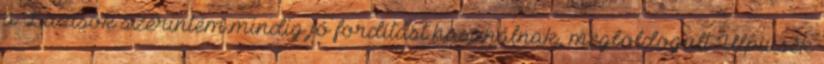
a Lazisok szerintem mindig jó fordítást használnak, megboldogult Ulpiusék